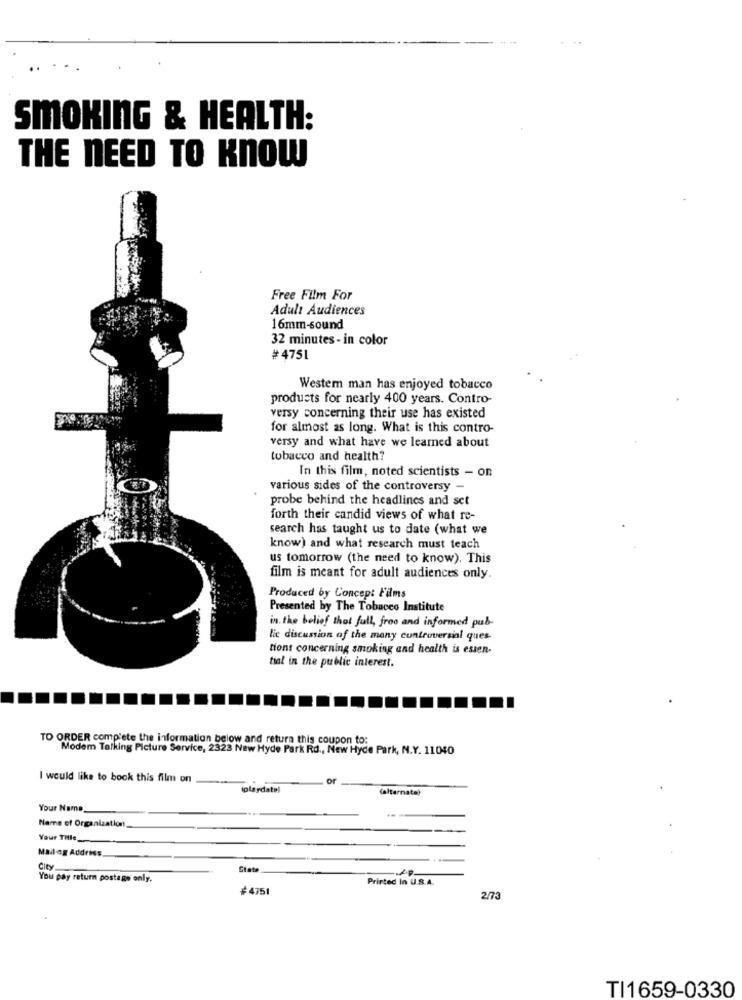
SMOKING & HEALTH:
THE NEED TO KNOW
Free Film For
Adult Audiences
16mm-sound
32 minutes- in color
#4751
Westem man has enjoyed tobacco
products for nearly 400 years. Contro-
versy concerning their use has existed
for almost as long. What is this contro-
versy and what have we learned about
tobacco and health?
In this film, noted scientists - on
various sides of the controversy -
probe behind the headlines and set
forth their candid views of what re-
search has taught us to date (what we
know) and what research must teach
us tomorrow (the need to know). This
film is meant for adult audiences only.
Produced by Concept Fdms
Presented by The Tobacco Institute
in. the belief that full, froo and informed pub-
lic discussion of the many controversial ques-
tions concerning smoking and health is essen-
tial in the public interest.
TO ORDER complete the information below and return this coupon to:
Modem Talking Picture Service, 2323 New Hyde Park Rd ., New Hyde Park, N.Y. 11040
I would like to book this film on
or
iplaydatel
(alternate)
Your Name,
Name of Organization,
Your Tille __
Mailag Address.
City
Stat
You pay return postage only.
Printed In U.S.A.
#4751
2/73
TI1659-0330